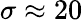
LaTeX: \sigma\approx 20